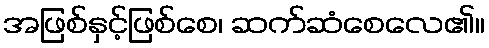
အဖြစ်နှင့်ဖြစ်စေ၊ ဆက်ဆံစေလေ၏။